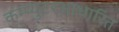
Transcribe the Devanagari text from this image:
कम्प्युटरआधारित